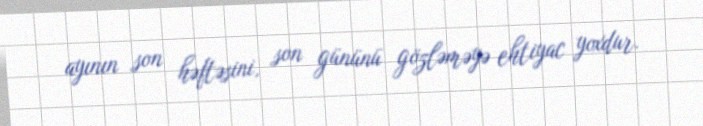
ayının son həftəsini, son gününü gözləməyə ehtiyac yoxdur.